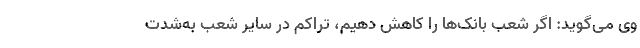
وی می‌گوید: اگر شعب بانک‌ها را کاهش دهیم،‌ تراکم در سایر شعب به‌شدت